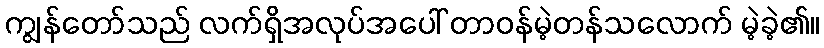
ကျွန်တော်သည် လက်ရှိအလုပ်အပေါ် တာဝန်မဲ့တန်သလောက် မဲ့ခဲ့၏။